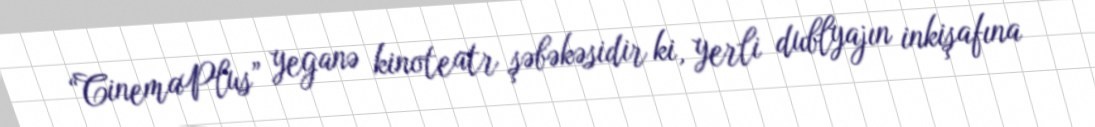
“CinemaPlus” yeganə kinoteatr şəbəkəsidir ki, yerli dublyajın inkişafına